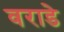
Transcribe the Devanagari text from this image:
वराडे